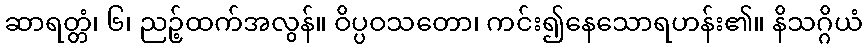
ဆာရတ္တံ၊ ၆၊ ညဉ့်ထက်အလွန်။ ဝိပ္ပဝသတော၊ ကင်း၍နေသောရဟန်း၏။ နိသဂ္ဂိယံ